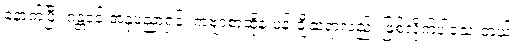
နောက်ပြီး ဂန္တဝင် အနုပညာရှင်၊ ကဗျာစာဆိုနဲ့ ပန်းချီဆရာလည်း ဖြစ်လိုက်ပါသေးတယ်။